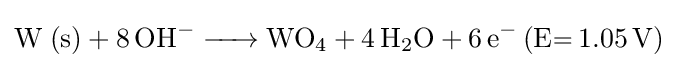
{\ce {W (s) + 8OH- -> WO4 + 4H2O + 6e- (E= 1.05V)}}